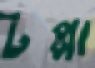
টপ্পা